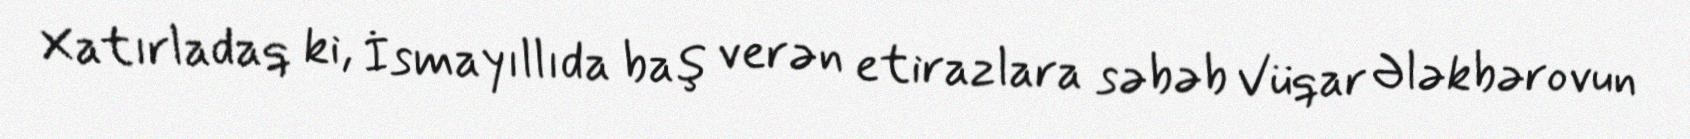
Xatırladaq ki, İsmayıllıda baş verən etirazlara səbəb Vüqar Ələkbərovun